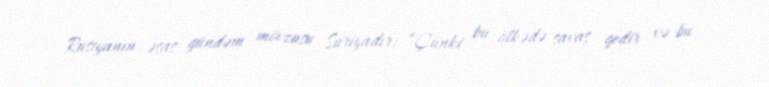
Rusiyanın əsas gündəm mövzusu Suriyadır: “Çünki bu ölkədə savaş gedir və bu